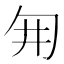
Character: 𭅆